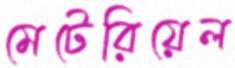
মেটেরিয়েল